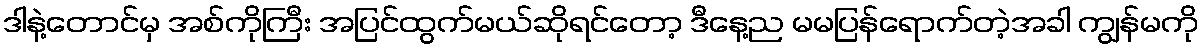
ဒါနဲ့တောင်မှ အစ်ကိုကြီး အပြင်ထွက်မယ်ဆိုရင်တော့ ဒီနေ့ည မမပြန်ရောက်တဲ့အခါ ကျွန်မကို